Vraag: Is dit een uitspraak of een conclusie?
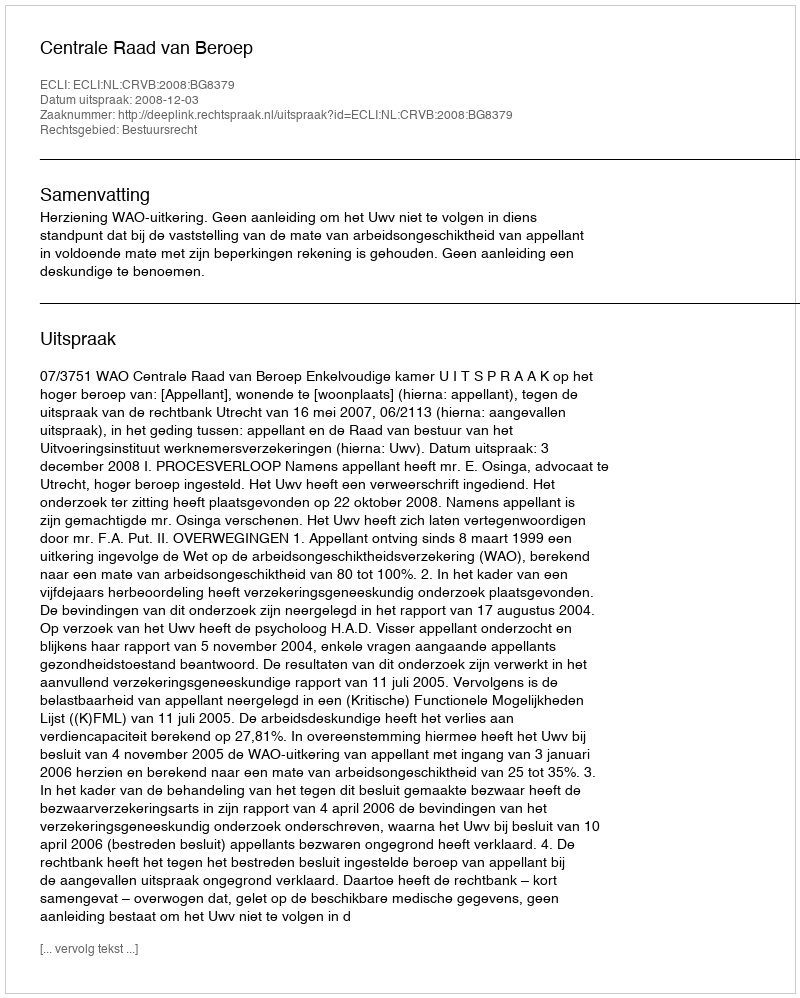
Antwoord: Uitspraak